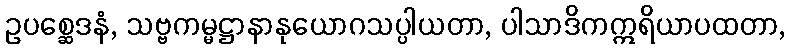
ဥပစ္ဆေဒနံ, သဗ္ဗကမ္မဋ္ဌာနာနုယောဂသပ္ပါယတာ, ပါသာဒိကဣရိယာပထတာ,